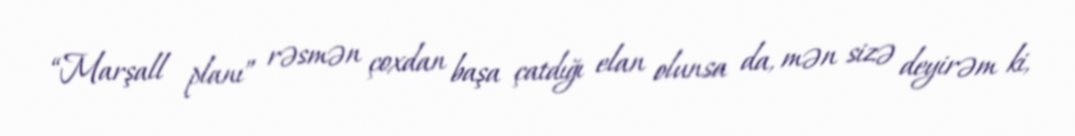
“Marşall planı” rəsmən çoxdan başa çatdığı elan olunsa da, mən sizə deyirəm ki,